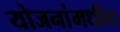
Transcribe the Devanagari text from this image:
योजनांमधील